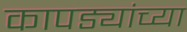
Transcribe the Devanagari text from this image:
कापड्यांच्या